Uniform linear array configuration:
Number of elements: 4
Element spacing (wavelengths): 1
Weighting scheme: hamming
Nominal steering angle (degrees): -45
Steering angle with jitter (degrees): -46.342
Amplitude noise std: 0.05
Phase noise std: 0.05

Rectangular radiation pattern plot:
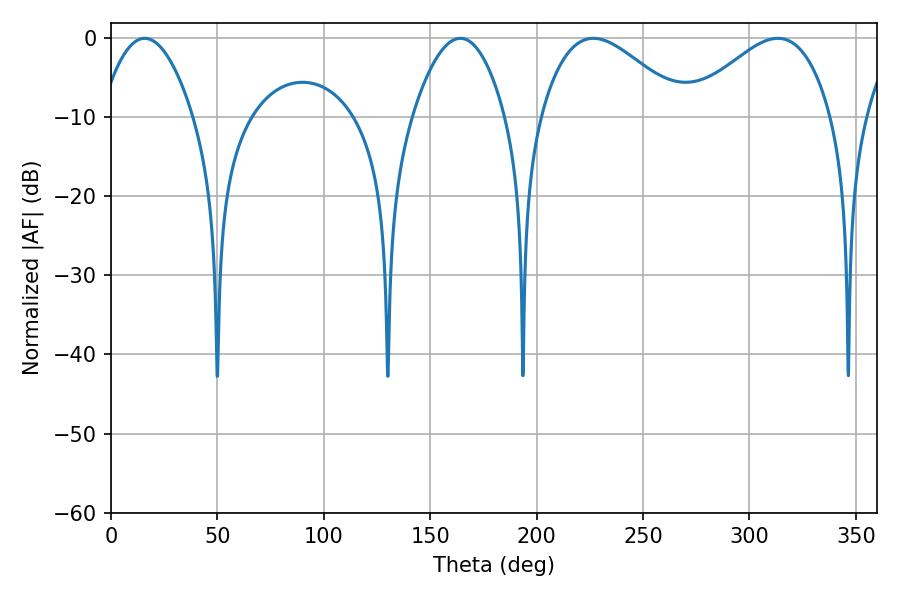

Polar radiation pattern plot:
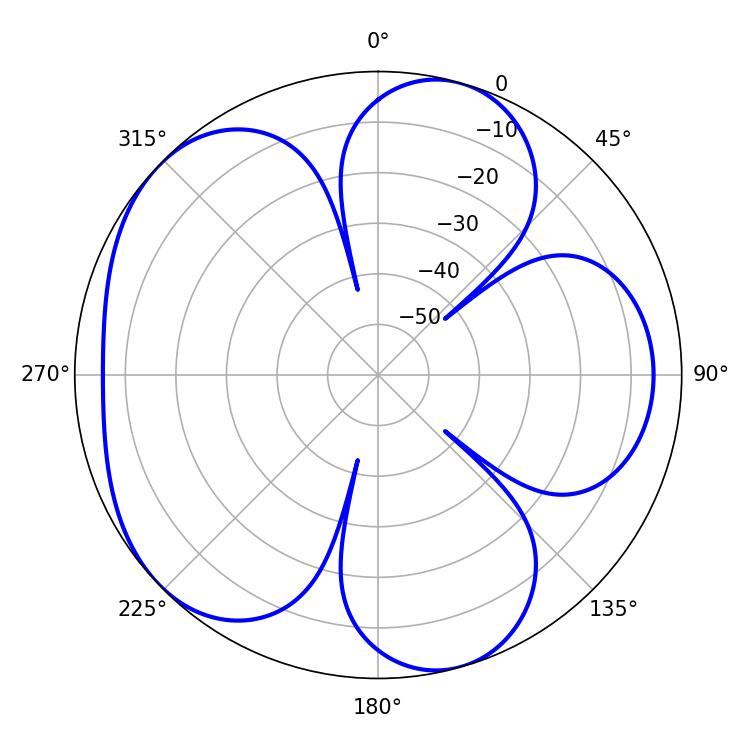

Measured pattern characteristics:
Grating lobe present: TRUE
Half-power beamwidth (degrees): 23.94
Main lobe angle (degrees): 15.84